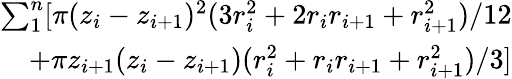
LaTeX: \begin{array}{r}{\sum_{1}^{n}[\pi(z_{i}-z_{i+1})^{2}(3r_{i}^{2}+2r_{i}r_{i+1}+r_{i+1}^{2})/12}\\ {+\pi z_{i+1}(z_{i}-z_{i+1})(r_{i}^{2}+r_{i}r_{i+1}+r_{i+1}^{2})/3]}\end{array}